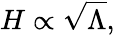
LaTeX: H\propto{\sqrt{\Lambda}},